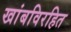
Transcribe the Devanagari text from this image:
खांबविरहित